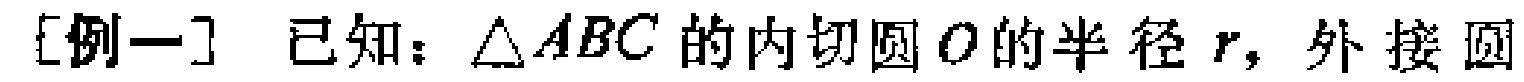
[例一] 已知：$\triangle ABC$的内切圆$O$的半径$r$，外接圆